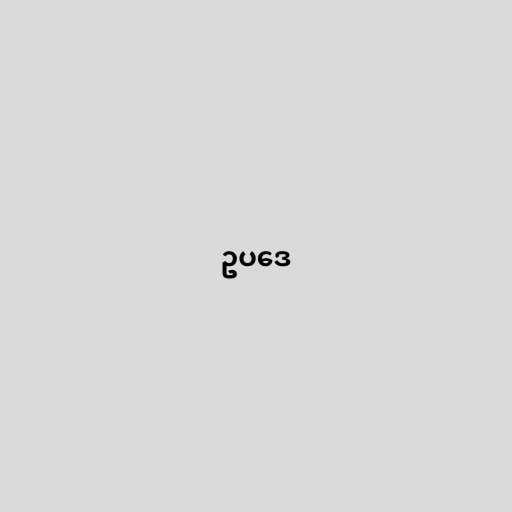
ဥပဒေ